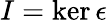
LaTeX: I=\ker\epsilon